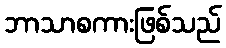
ဘာသာစကားဖြစ်သည်